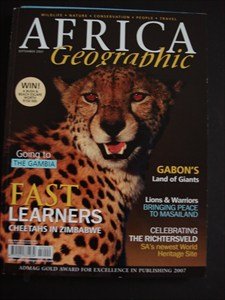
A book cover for AFRICA Geographic - September 2007 - Gabon - Masailand - Lions - Warriors - Richtersveld - Cheetahs - Zimbabwe - Wildlife - Nature - Conservation - People - Travel; Travel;